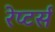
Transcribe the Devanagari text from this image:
रेप्‍टर्स